Civil Veterinary Dept. North-West Frontier Province 1933-46 - 1933-1946
Year: 1933
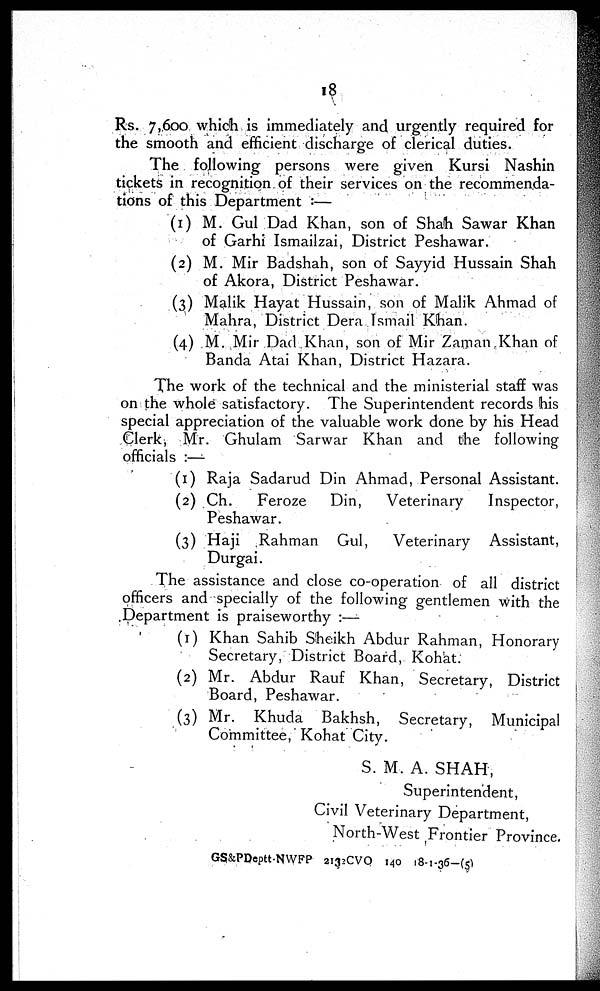
18
Rs. 7,600 which is immediately and urgently required for
the smooth and efficient discharge of clerical duties.
The following persons were given Kursi Nashin
tickets in recognition of their services on the recommenda-
tions of this Department :—
(1) M. Gul Dad Khan, son of Shah Sawar Khan
of Garhi Ismailzai, District Peshawar.
(2) M. Mir Badshah, son of Sayyid Hussain Shah
of Akora, District Peshawar.
(3) Malik Hayat Hussain, son of Malik Ahmad of
Mahra, District Dera Ismail Khan.
(4) M. Mir Dad Khan, son of Mir Zaman Khan of
Banda Atai Khan, District Hazara.
The work of the technical and the ministerial staff was
on the whole satisfactory. The Superintendent records his
special appreciation of the valuable work done by his Head
Clerk, Mr. Ghulam Sarwar Khan and the following
officials :—
(1) Raja Sadarud Din Ahmad, Personal Assistant.
(2) Ch.
Feroze
Din,
Veterinary
Inspector,
Peshawar.
(3) Haji Rahman Gul,
Veterinary Assistant,
Durgai.
The assistance and close co-operation of all district
officers and specially of the following gentlemen with the
Department is praiseworthy :—
(1) Khan Sahib Sheikh Abdur Rahman, Honorary
Secretary, District Board, Kohat.
(2) Mr. Abdur Rauf Khan, Secretary, District
Board, Peshawar.
(3) Mr. Khuda Bakhsh, Secretary, Municipal
Committee, Kohat City.
S. M. A. SHAH,
Superintendent,
Civil Veterinary Department,
North-West Frontier Province.
GS&PDeptt-NWFP 2132CVO 140 18-1-36-(5)